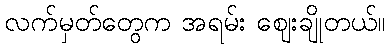
လက်မှတ်တွေက အရမ်း ဈေးချိုတယ်။